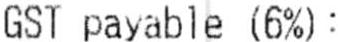
GST PAYABLE (6%) :